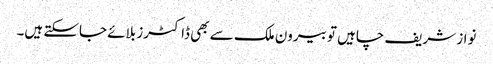
نواز شریف چاہیں تو بیرون ملک سے بھی ڈاکٹرز بلائے جاسکتے ہیں۔